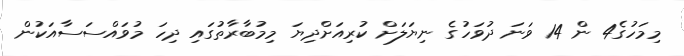
މިމަހުގެ4 ން 14 ވަނަ ދުވަހުގެ ނިޔަލަށް ކުރިއަށްދިޔަ މިމުބާރާތުގައި ދިހަ މުވައްސަސާއަކުން